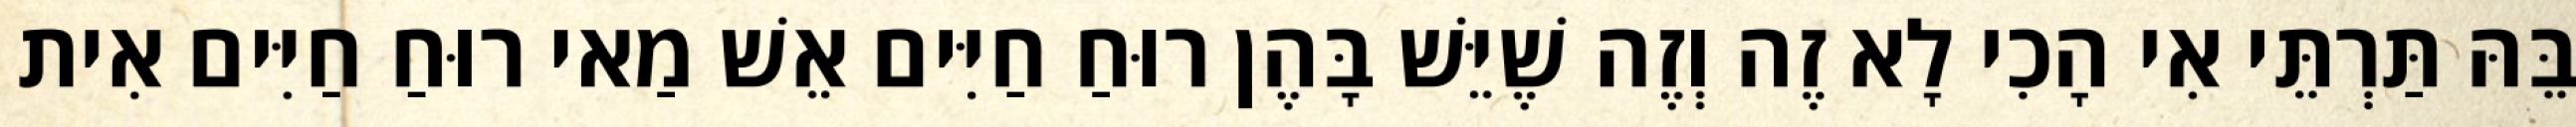
בֵּהּ תַּרְתֵּי אִי הָכִי לָא זֶה וְזֶה שֶׁיֵּשׁ בָּהֶן רוּחַ חַיִּים אֵשׁ מַאי רוּחַ חַיִּים אִית